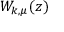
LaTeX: W _ { k , \mu } ( z )